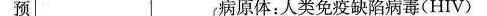
预 病原体：人类免疫缺陷病毒(HIV)